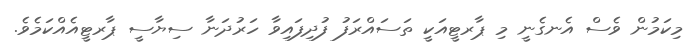
މިކަމުން ވެސް އެނގެނީ މި ޕާރޓީއަކީ ތަސައްރަފު ފުދިފައިވާ ހަރުދަނާ ސިޔާސީ ޕާރޓީއެއްކަމެވެ.